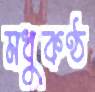
মধুকণ্ঠ